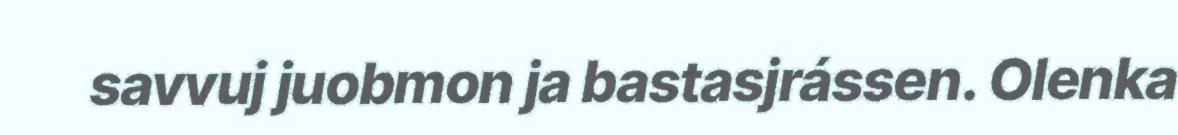
savvuj juobmon ja bastasjrássen. Olenka